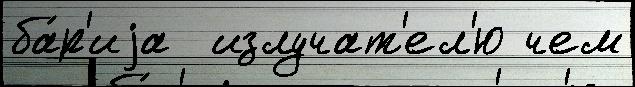
ба́р'иjа  излучат'ел'ю чем